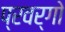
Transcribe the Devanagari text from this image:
प्रवर्गो